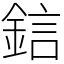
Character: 𨦼